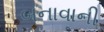
બનાવાની